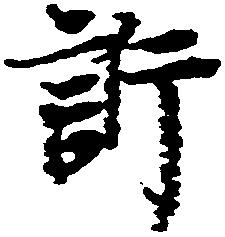
訴